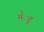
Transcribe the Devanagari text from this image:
मँुह